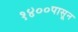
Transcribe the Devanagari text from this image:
१४००पासून